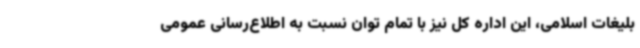
بلیغات اسلامی، این اداره کل نیز با تمام توان نسبت به اطلاع‌رسانی عمومی